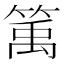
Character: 𥯔